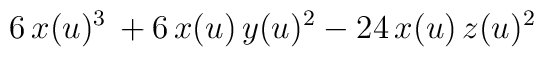
6  \, x(u)^3 \, + 6  \, x(u)  \, y(u)^2 - 24  \, x(u)  \, z(u)^2